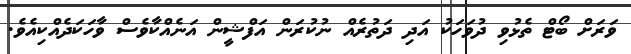
ވަރަށް ބޯޓް ތެޅުވި ދުވަހަކު އަދި ދަތުރެއް ނުކުރަން އަފްޝީން އަނެއްކާވެސް ވާހަކަދެއްކިއެވެ.